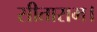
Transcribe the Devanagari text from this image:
सीताराम।